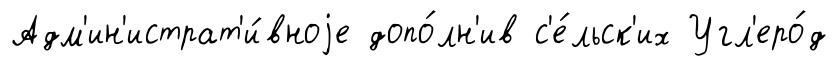
Адм'ин'истрат'и́вноjе допо́лн'ив с'е́льск'их Угл'еро́д